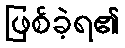
ဖြစ်ခဲ့ရ၏